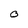
Character: O